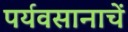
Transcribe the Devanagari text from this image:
पर्यवसानाचें